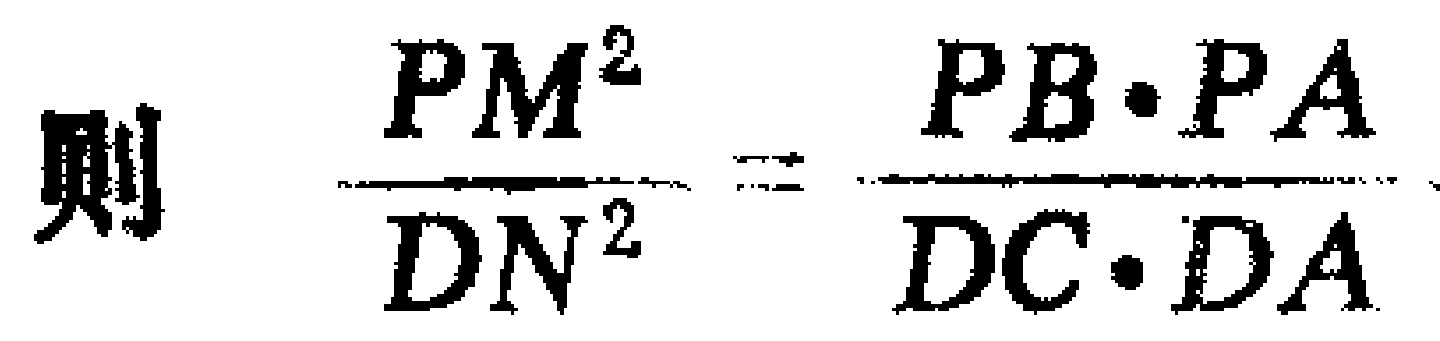
则 \(\frac{PM^{2}}{DN^{2}}=\frac{PB\cdot PA}{DC\cdot DA}\)